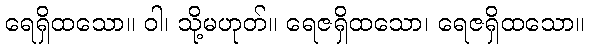
ရေရှိထသော။ ဝါ၊ သို့မဟုတ်။ ရေဇရှိထသော၊ ရေဇရှိထသော။